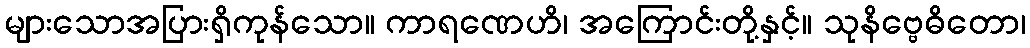
များသောအပြားရှိကုန်သော။ ကာရဏေဟိ၊ အကြောင်းတို့နှင့်။ သုနိဗ္ဗေဓိတော၊